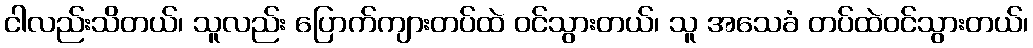
ငါလည်းသိတယ်၊ သူလည်း ပြောက်ကျားတပ်ထဲ ဝင်သွားတယ်၊ သူ အသေခံ တပ်ထဲဝင်သွားတယ်၊